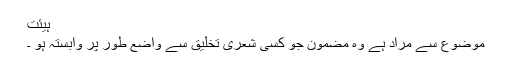
ہیئت
موضوع سے مراد ہے وہ مضمون جو کسی شعری تخلیق سے واضع طور پر وابستہ ہو ۔